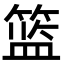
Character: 篮